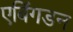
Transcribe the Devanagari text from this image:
एबिंगडन